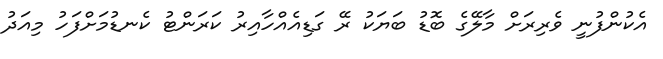
އެކުންފުނީ ވެރިރަށް މާލޭގެ ބޮޑު ބަޔަކު ރޭ ގަޑިއެއްހާއިރު ކަރަންޓު ކެނޑުމަށްފަހު މިއަދު